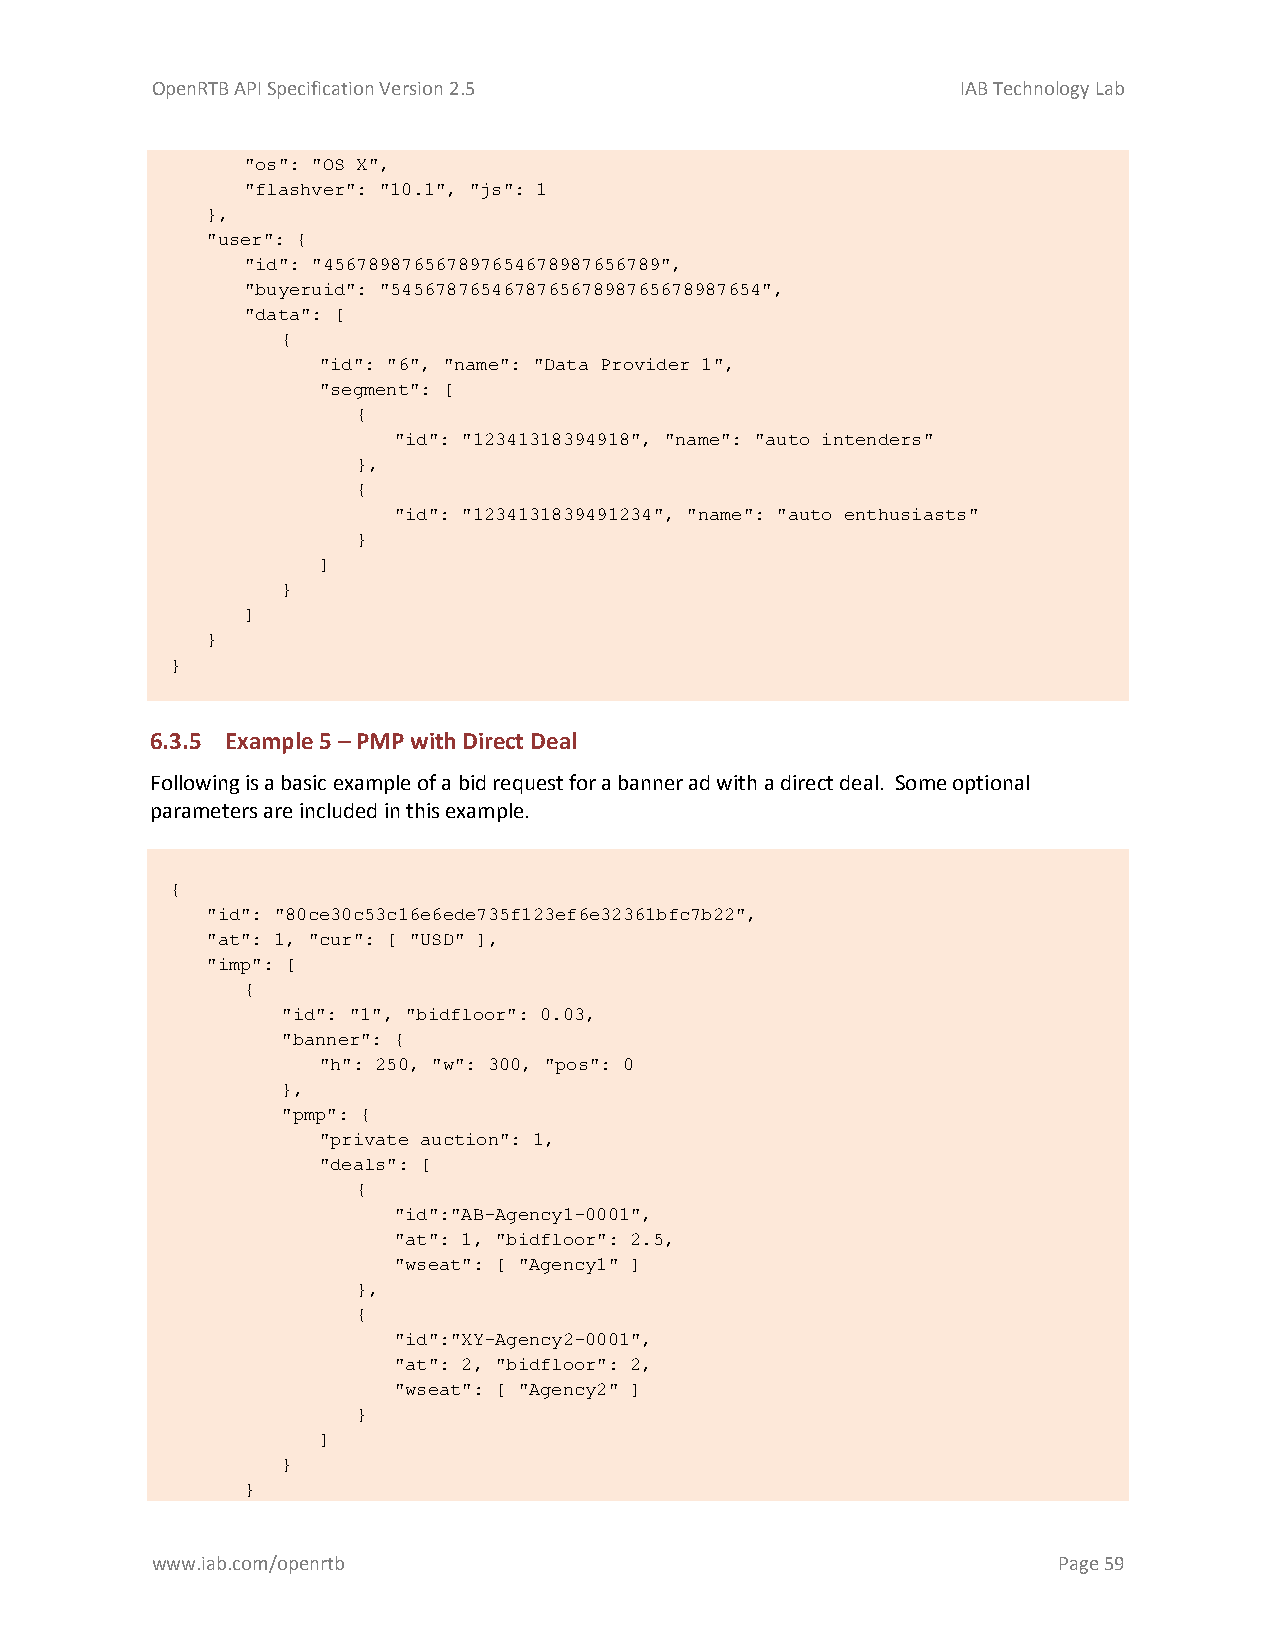
OpenRTB API Specification Version 2.5                 IAB Technology Lab
 "os": "OS X",
 "flashver": "10.1", "js": 1
 },
 "user": {
 "id": "456789876567897654678987656789",
 "buyeruid": "545678765467876567898765678987654",
 "data": [
 {
 "id": "6", "name": "Data Provider 1",
 "segment": [
 {
 "id": "12341318394918", "name": "auto intenders"
 },
 {
 "id": "1234131839491234", "name": "auto enthusiasts"
 }
 ]
 }
 ]
 }
 }
 6.3.5 Example 5 – PMP with Direct Deal
 Following is a basic example of a bid request for a banner ad with a direct deal. Some optional
 parameters are included in this example.
 {
 "id": "80ce30c53c16e6ede735f123ef6e32361bfc7b22",
 "at": 1, "cur": [ "USD" ],
 "imp": [
 {
 "id": "1", "bidfloor": 0.03,
 "banner": {
 "h": 250, "w": 300, "pos": 0
 },
 "pmp": {
 "private_auction": 1,
 "deals": [
 {
 "id":"AB-Agency1-0001",
 "at": 1, "bidfloor": 2.5,
 "wseat": [ "Agency1" ]
 },
 {
 "id":"XY-Agency2-0001",
 "at": 2, "bidfloor": 2,
 "wseat": [ "Agency2" ]
 }
 ]
 }
 }
 www.iab.com/openrtb                                         Page 59